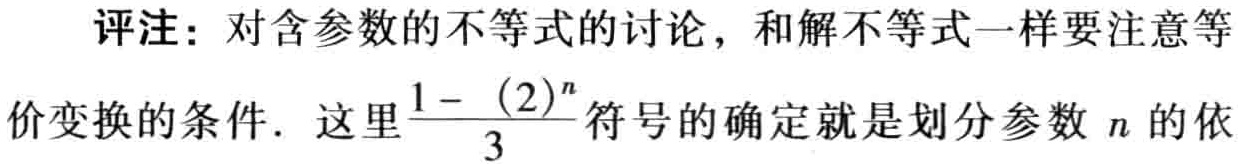
评注：对含参数的不等式的讨论，和解不等式一样要注意等
价变换的条件. 这里$\frac{1 - (\frac{2}{3})^{n}}{}$符号的确定就是划分参数$n$的依